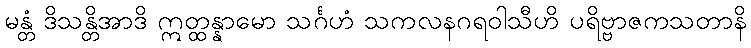
မန္တံ ဒိသန္တိအာဒိ ဣတ္ထန္နာမော သင်္ဂဟံ သကလနဂရဝါသီဟိ ပရိဗ္ဗာဇကသတာနိ